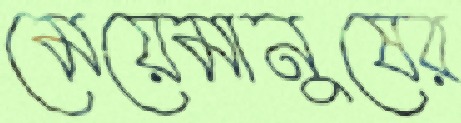
মেয়েমানুষের